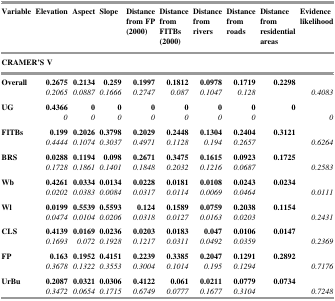
<table><thead><tr><td><b>Variable</b></td><td><b>Elevation</b></td><td><b>Aspect</b></td><td><b>Slope</b></td><td><b>Distance from FP (2000)</b></td><td><b>Distance from FITBs (2000)</b></td><td><b>Distance from rivers</b></td><td><b>Distance from roads</b></td><td><b>Distance from residential areas</b></td><td><b>Evidence likelihood</b></td></tr><tr><td colspan="10"><b>CRAMER&#x27;S V</b></td></tr></thead><tbody><tr><td rowspan="2"><b>Overall</b></td><td><b>0.2675</b></td><td><b>0.2134</b></td><td><b>0.259</b></td><td><b>0.1997</b></td><td><b>0.1812</b></td><td><b>0.0978</b></td><td><b>0.1719</b></td><td><b>0.2298</b></td><td></td></tr><tr><td><i>0.2065</i></td><td><i>0.0887</i></td><td><i>0.1666</i></td><td><i>0.2747</i></td><td><i>0.087</i></td><td><i>0.1047</i></td><td><i>0.128</i></td><td></td><td><i>0.4083</i></td></tr><tr><td rowspan="2"><b>UG</b></td><td><b>0.4366</b></td><td><b>0</b></td><td><b>0</b></td><td><b>0</b></td><td><b>0</b></td><td><b>0</b></td><td><b>0</b></td><td><b>0</b></td><td></td></tr><tr><td><i>0</i></td><td><i>0</i></td><td><i>0</i></td><td><i>0</i></td><td><i>0</i></td><td><i>0</i></td><td><i>0</i></td><td></td><td><i>0</i></td></tr><tr><td rowspan="2"><b>FITBs</b></td><td><b>0.199</b></td><td><b>0.2026</b></td><td><b>0.3798</b></td><td><b>0.2029</b></td><td><b>0.2448</b></td><td><b>0.1304</b></td><td><b>0.2404</b></td><td><b>0.3121</b></td><td></td></tr><tr><td><i>0.4444</i></td><td><i>0.1074</i></td><td><i>0.3037</i></td><td><i>0.4971</i></td><td><i>0.1128</i></td><td><i>0.194</i></td><td><i>0.2657</i></td><td></td><td><i>0.6264</i></td></tr><tr><td rowspan="2"><b>BRS</b></td><td><b>0.0288</b></td><td><b>0.1194</b></td><td><b>0.098</b></td><td><b>0.2671</b></td><td><b>0.3475</b></td><td><b>0.1615</b></td><td><b>0.0923</b></td><td><b>0.1725</b></td><td></td></tr><tr><td><i>0.1728</i></td><td><i>0.1861</i></td><td><i>0.1401</i></td><td><i>0.1848</i></td><td><i>0.2032</i></td><td><i>0.1216</i></td><td><i>0.0687</i></td><td></td><td><i>0.2583</i></td></tr><tr><td rowspan="2"><b>Wb</b></td><td><b>0.4261</b></td><td><b>0.0334</b></td><td><b>0.0134</b></td><td><b>0.0228</b></td><td><b>0.0181</b></td><td><b>0.0108</b></td><td><b>0.0243</b></td><td><b>0.0234</b></td><td></td></tr><tr><td><i>0.0202</i></td><td><i>0.0383</i></td><td><i>0.0084</i></td><td><i>0.0317</i></td><td><i>0.0114</i></td><td><i>0.0069</i></td><td><i>0.0464</i></td><td></td><td><i>0.0111</i></td></tr><tr><td rowspan="2"><b>Wl</b></td><td><b>0.0199</b></td><td><b>0.5539</b></td><td><b>0.5593</b></td><td><b>0.124</b></td><td><b>0.1589</b></td><td><b>0.0759</b></td><td><b>0.2038</b></td><td><b>0.1154</b></td><td></td></tr><tr><td><i>0.0474</i></td><td><i>0.0104</i></td><td><i>0.0206</i></td><td><i>0.0318</i></td><td><i>0.0127</i></td><td><i>0.0163</i></td><td><i>0.0203</i></td><td></td><td><i>0.2431</i></td></tr><tr><td rowspan="2"><b>CLS</b></td><td><b>0.4139</b></td><td><b>0.0169</b></td><td><b>0.0236</b></td><td><b>0.0203</b></td><td><b>0.0183</b></td><td><b>0.047</b></td><td><b>0.0106</b></td><td><b>0.0147</b></td><td></td></tr><tr><td><i>0.1693</i></td><td><i>0.072</i></td><td><i>0.1928</i></td><td><i>0.1217</i></td><td><i>0.0311</i></td><td><i>0.0492</i></td><td><i>0.0359</i></td><td></td><td><i>0.2369</i></td></tr><tr><td rowspan="2"><b>FP</b></td><td><b>0.163</b></td><td><b>0.1952</b></td><td><b>0.4151</b></td><td><b>0.2239</b></td><td><b>0.3385</b></td><td><b>0.2047</b></td><td><b>0.1291</b></td><td><b>0.2892</b></td><td></td></tr><tr><td><i>0.3678</i></td><td><i>0.1322</i></td><td><i>0.3553</i></td><td><i>0.3004</i></td><td><i>0.1014</i></td><td><i>0.195</i></td><td><i>0.1294</i></td><td></td><td><i>0.7176</i></td></tr><tr><td rowspan="2"><b>UrBu</b></td><td><b>0.2087</b></td><td><b>0.0321</b></td><td><b>0.0306</b></td><td><b>0.4122</b></td><td><b>0.061</b></td><td><b>0.0211</b></td><td><b>0.0779</b></td><td><b>0.0734</b></td><td></td></tr><tr><td><i>0.3472</i></td><td><i>0.0654</i></td><td><i>0.1715</i></td><td><i>0.6749</i></td><td><i>0.0777</i></td><td><i>0.1677</i></td><td><i>0.3104</i></td><td></td><td><i>0.7248</i></td></tr></tbody></table>